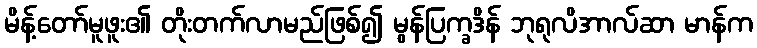
မိန့်တော်မူဖူး၏ တိုးတက်လာမည်ဖြစ်၍ မွန်ပြက္ခဒိန် ဘုရုလိအာလ်ဆာ မာန်က